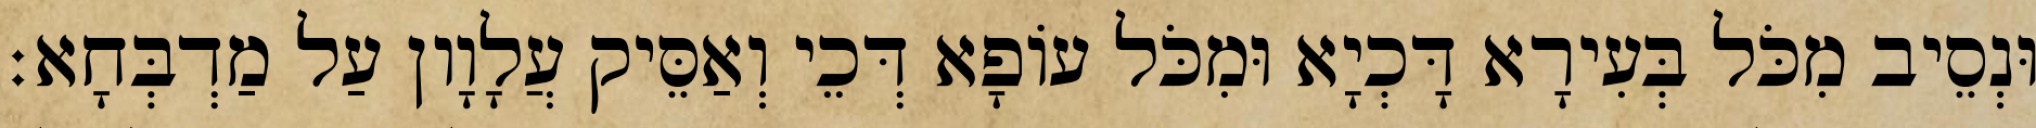
וּנְסֵיב מִכֹּל בְּעִירָא דָּכְיָא וּמִכֹּל עוֹפָא דְּכֵי וְאַסֵּיק עֲלָוָון עַל מַדְבְּחָא׃